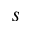
s